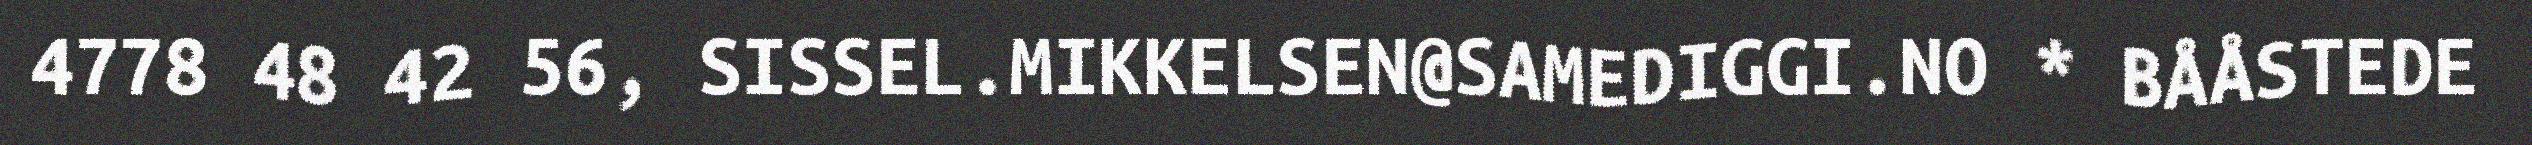
4778 48 42 56, SISSEL.MIKKELSEN@SAMEDIGGI.NO * BÅÅSTEDE